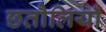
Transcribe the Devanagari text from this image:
छतौलियाँ